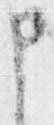
申